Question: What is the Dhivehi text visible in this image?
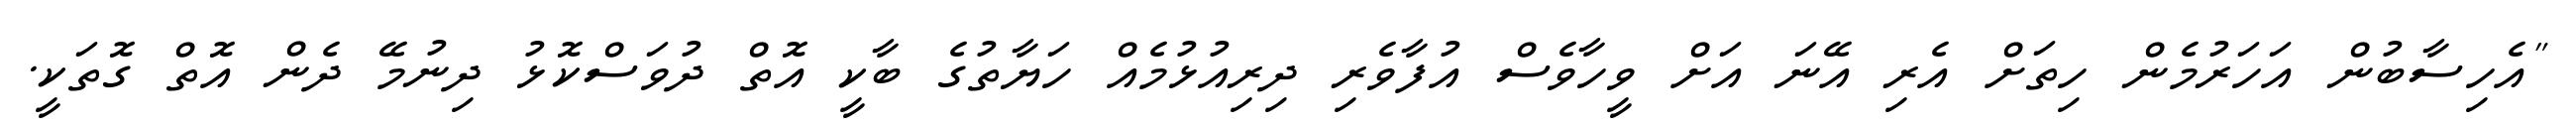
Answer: "އެހިސާބުން އަހަރުމެން ހިތަށް އެރި އޭނަ އަށް ވީހާވެސް އުފާވެރި ދިރިއުޅުމެއް ހަޔާތުގެ ބާކީ އޮތް ދުވަސްކޮޅު ދިނުމޭ ދެން އޮތް ގޮތަކީ.